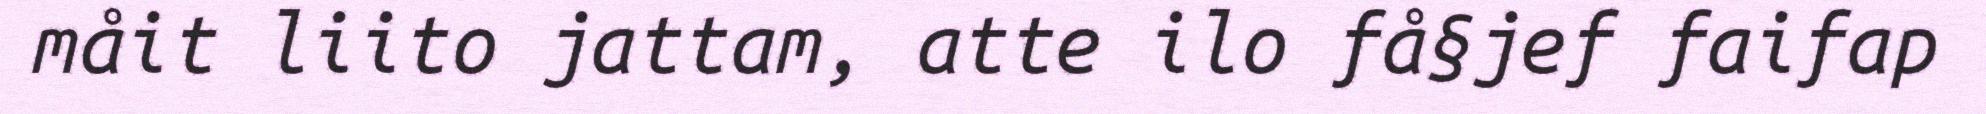
måit liito jattam, atte ilo få§jef faifap